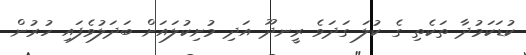
ކުޑަކަމުދާ ތަކެތި ގެ ކުލަ ގަދަވެ ރީނދޫ އަދި މުށިކުލައަށް ބަދަލުވެފައި ހުރުން